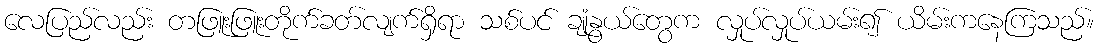
လေပြည်လည်း တဖြူးဖြူးတိုက်ခတ်လျက်ရှိရာ သစ်ပင် ချုံနွယ်တွေက လှုပ်လှုပ်ယမ်း၍ ယိမ်းကနေကြသည်။